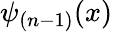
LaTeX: \psi_{(n-1)}(x)